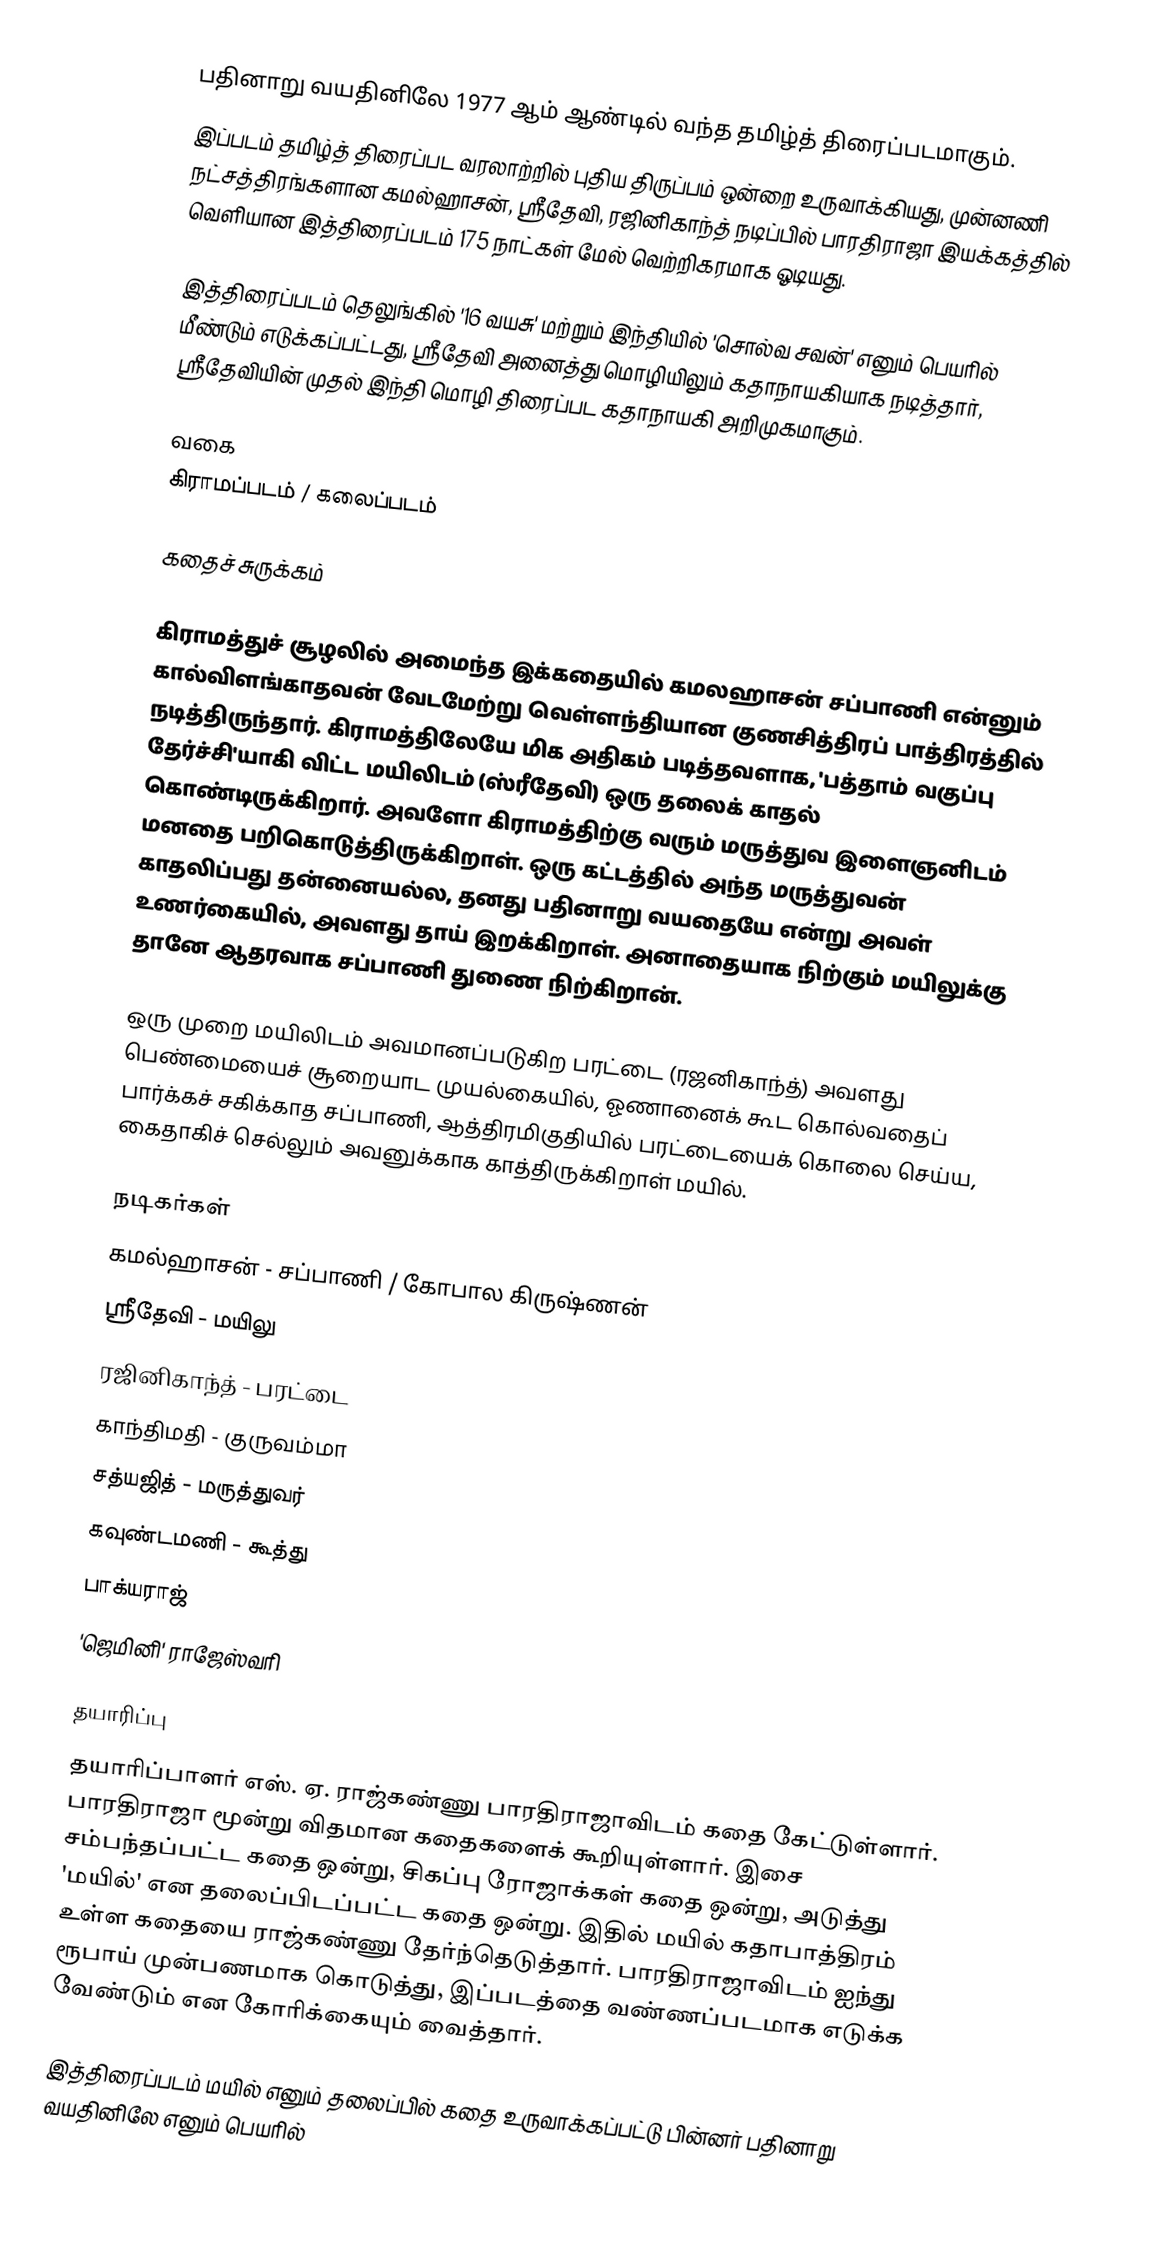
பதினாறு வயதினிலே 1977 ஆம் ஆண்டில் வந்த தமிழ்த் திரைப்படமாகும்.
இப்படம் தமிழ்த் திரைப்பட வரலாற்றில் புதிய திருப்பம் ஒன்றை உருவாக்கியது, முன்னணி நட்சத்திரங்களான கமல்ஹாசன், ஸ்ரீதேவி, ரஜினிகாந்த் நடிப்பில் பாரதிராஜா இயக்கத்தில் வெளியான இத்திரைப்படம் 175 நாட்கள் மேல் வெற்றிகரமாக ஓடியது.

இத்திரைப்படம் தெலுங்கில் '16 வயசு' மற்றும் இந்தியில் 'சொல்வ சவன்' எனும் பெயரில் மீண்டும்  எடுக்கப்பட்டது, ஸ்ரீதேவி அனைத்து மொழியிலும் கதாநாயகியாக நடித்தார், ஸ்ரீதேவியின் முதல் இந்தி மொழி திரைப்பட கதாநாயகி அறிமுகமாகும்.

வகை
கிராமப்படம் / கலைப்படம்

கதைச் சுருக்கம்

கிராமத்துச் சூழலில் அமைந்த இக்கதையில் கமலஹாசன் சப்பாணி என்னும் கால்விளங்காதவன் வேடமேற்று வெள்ளந்தியான குணசித்திரப் பாத்திரத்தில் நடித்திருந்தார். கிராமத்திலேயே மிக அதிகம் படித்தவளாக, 'பத்தாம் வகுப்பு தேர்ச்சி'யாகி விட்ட மயிலிடம் (ஸ்ரீதேவி) ஒரு தலைக் காதல் கொண்டிருக்கிறார். அவளோ கிராமத்திற்கு வரும் மருத்துவ இளைஞனிடம் மனதை பறிகொடுத்திருக்கிறாள். ஒரு கட்டத்தில் அந்த மருத்துவன் காதலிப்பது தன்னையல்ல, தனது பதினாறு வயதையே என்று அவள் உணர்கையில், அவளது தாய் இறக்கிறாள். அனாதையாக நிற்கும் மயிலுக்கு தானே ஆதரவாக சப்பாணி துணை நிற்கிறான்.

ஒரு முறை மயிலிடம் அவமானப்படுகிற பரட்டை (ரஜனிகாந்த்) அவளது பெண்மையைச் சூறையாட முயல்கையில், ஓணானைக் கூட கொல்வதைப் பார்க்கச் சகிக்காத சப்பாணி, ஆத்திரமிகுதியில் பரட்டையைக் கொலை செய்ய, கைதாகிச் செல்லும் அவனுக்காக காத்திருக்கிறாள் மயில்.

நடிகர்கள்
 கமல்ஹாசன் - சப்பாணி / கோபால கிருஷ்ணன்
 ஸ்ரீதேவி - மயிலு
 ரஜினிகாந்த் - பரட்டை
 காந்திமதி - குருவம்மா
 சத்யஜித் - மருத்துவர்
 கவுண்டமணி - கூத்து
 பாக்யராஜ்
 'ஜெமினி' ராஜேஸ்வரி

தயாரிப்பு
தயாரிப்பாளர் எஸ். ஏ. ராஜ்கண்ணு பாரதிராஜாவிடம் கதை கேட்டுள்ளார். பாரதிராஜா மூன்று விதமான கதைகளைக் கூறியுள்ளார். இசை சம்பந்தப்பட்ட கதை ஒன்று, சிகப்பு ரோஜாக்கள் கதை ஒன்று, அடுத்து 'மயில்' என தலைப்பிடப்பட்ட கதை ஒன்று. இதில் மயில் கதாபாத்திரம் உள்ள கதையை ராஜ்கண்ணு தேர்ந்தெடுத்தார். பாரதிராஜாவிடம் ஐந்து ரூபாய் முன்பணமாக கொடுத்து, இப்படத்தை வண்ணப்படமாக எடுக்க வேண்டும் என கோரிக்கையும் வைத்தார்.

இத்திரைப்படம் மயில் எனும் தலைப்பில் கதை உருவாக்கப்பட்டு பின்னர் பதினாறு வயதினிலே எனும் பெயரில்